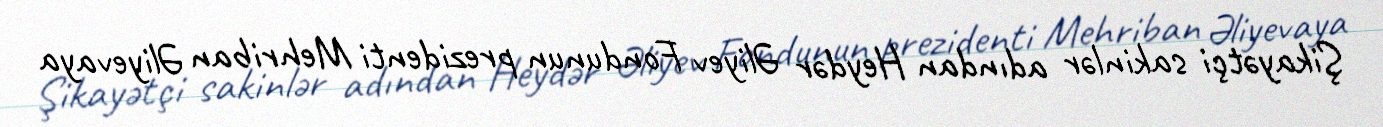
Şikayətçi sakinlər adından Heydər Əliyev Fondunun prezidenti Mehriban Əliyevaya